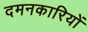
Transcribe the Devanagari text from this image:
दमनकारियों